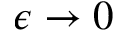
\epsilon \to 0